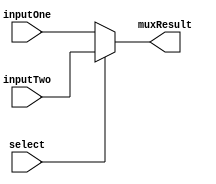
`timescale 1ns / 1ps

module MuxWith5Args(inputOne, inputTwo, select, muxResult);

	input [4:0] inputOne;
	input [4:0] inputTwo;
	input select;
	
	output [4:0] muxResult;
	
	assign muxResult = (select) ? inputTwo : inputOne;



endmodule